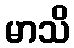
မာသိ